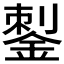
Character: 𰼶